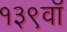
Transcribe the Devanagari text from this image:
१३९वॉ